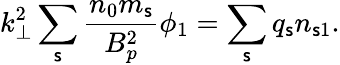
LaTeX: k_{\perp}^{2}\sum_{\mathsf{s}}\frac{{n_{0}m_{\mathsf{s}}}}{{B_{p}^{2}}}\phi_{1}=\sum_{\mathsf{s}}q_{\mathsf{s}}n_{\mathsf{s}1}.